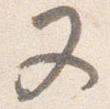
又